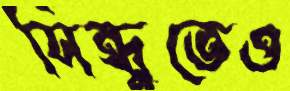
সিন্ধুতেও